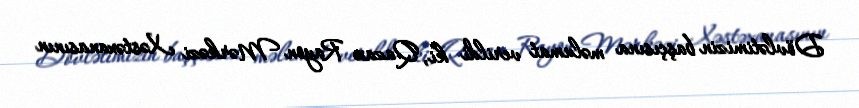
Dövlətimizin başçısına məlumat verildi ki, Qazax Rayon Mərkəzi Xəstəxanasının